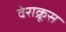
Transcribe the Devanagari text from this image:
वेराक्रूस